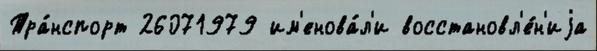
Тра́нспорт 26071979 им'енова́л'и восстановл'е́н'иjа